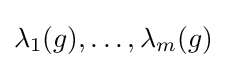
\lambda _{1}(g),\dots ,\lambda _{m}(g)